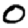
Digit: 0